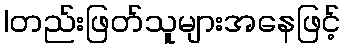
|တည်းဖြတ်သူများအနေဖြင့်